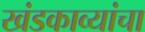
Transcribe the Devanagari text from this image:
खंडकाव्यांचा